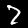
Label: 7